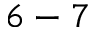
6 - 7